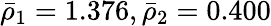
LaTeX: \bar{\rho}_{1}=1.376,\bar{\rho}_{2}=0.400